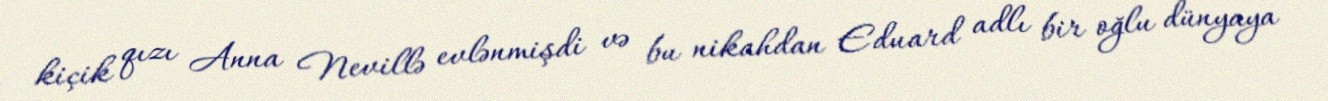
kiçik qızı Anna Nevillə evlənmişdi və bu nikahdan Eduard adlı bir oğlu dünyaya